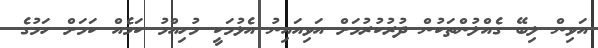
އަވިން ލިބޭ ގެއްލުންތަކުން ދުރުކުރުމަށް އަވިއައިނު އެޅުމަކީ މުހިއްމު ކަމެއް ކަމަށް ހަމުގެ